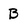
Character: B